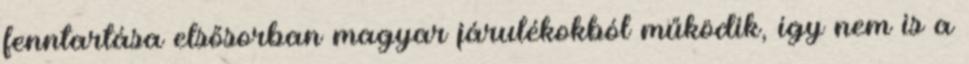
fenntartása elsősorban magyar járulékokból működik, így nem is a